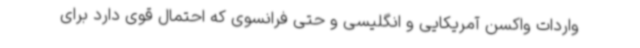
واردات واکسن آمریکایی و انگلیسی و حتی فرانسوی که احتمال قوی دارد برای